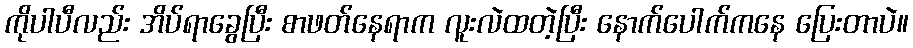
ကိုပါပီလည်း အိပ်ရာခွေပြီး စာဖတ်နေရာက လူးလဲထတဲ့ပြီး နောက်ပေါက်ကနေ ပြေးတာပဲ။